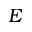
E